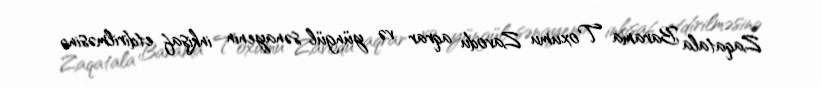
Zaqatala Barama Toxumu Zavodu aqrar və yüngül sənayenin inkişaf etdirilməsinə